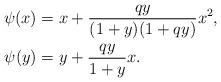
\begin{align*}\psi(x) &= x + \frac{qy}{(1+y)(1+qy)}x^2,\\\psi(y) &= y + \frac{qy}{1+y}x.\end{align*}